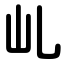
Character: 乢